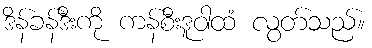
ဒိန်ခန်ဒီးကို ကန်စီးဒူဝါထံ လွတ်သည်။